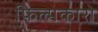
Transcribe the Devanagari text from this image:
फिल्मकारो